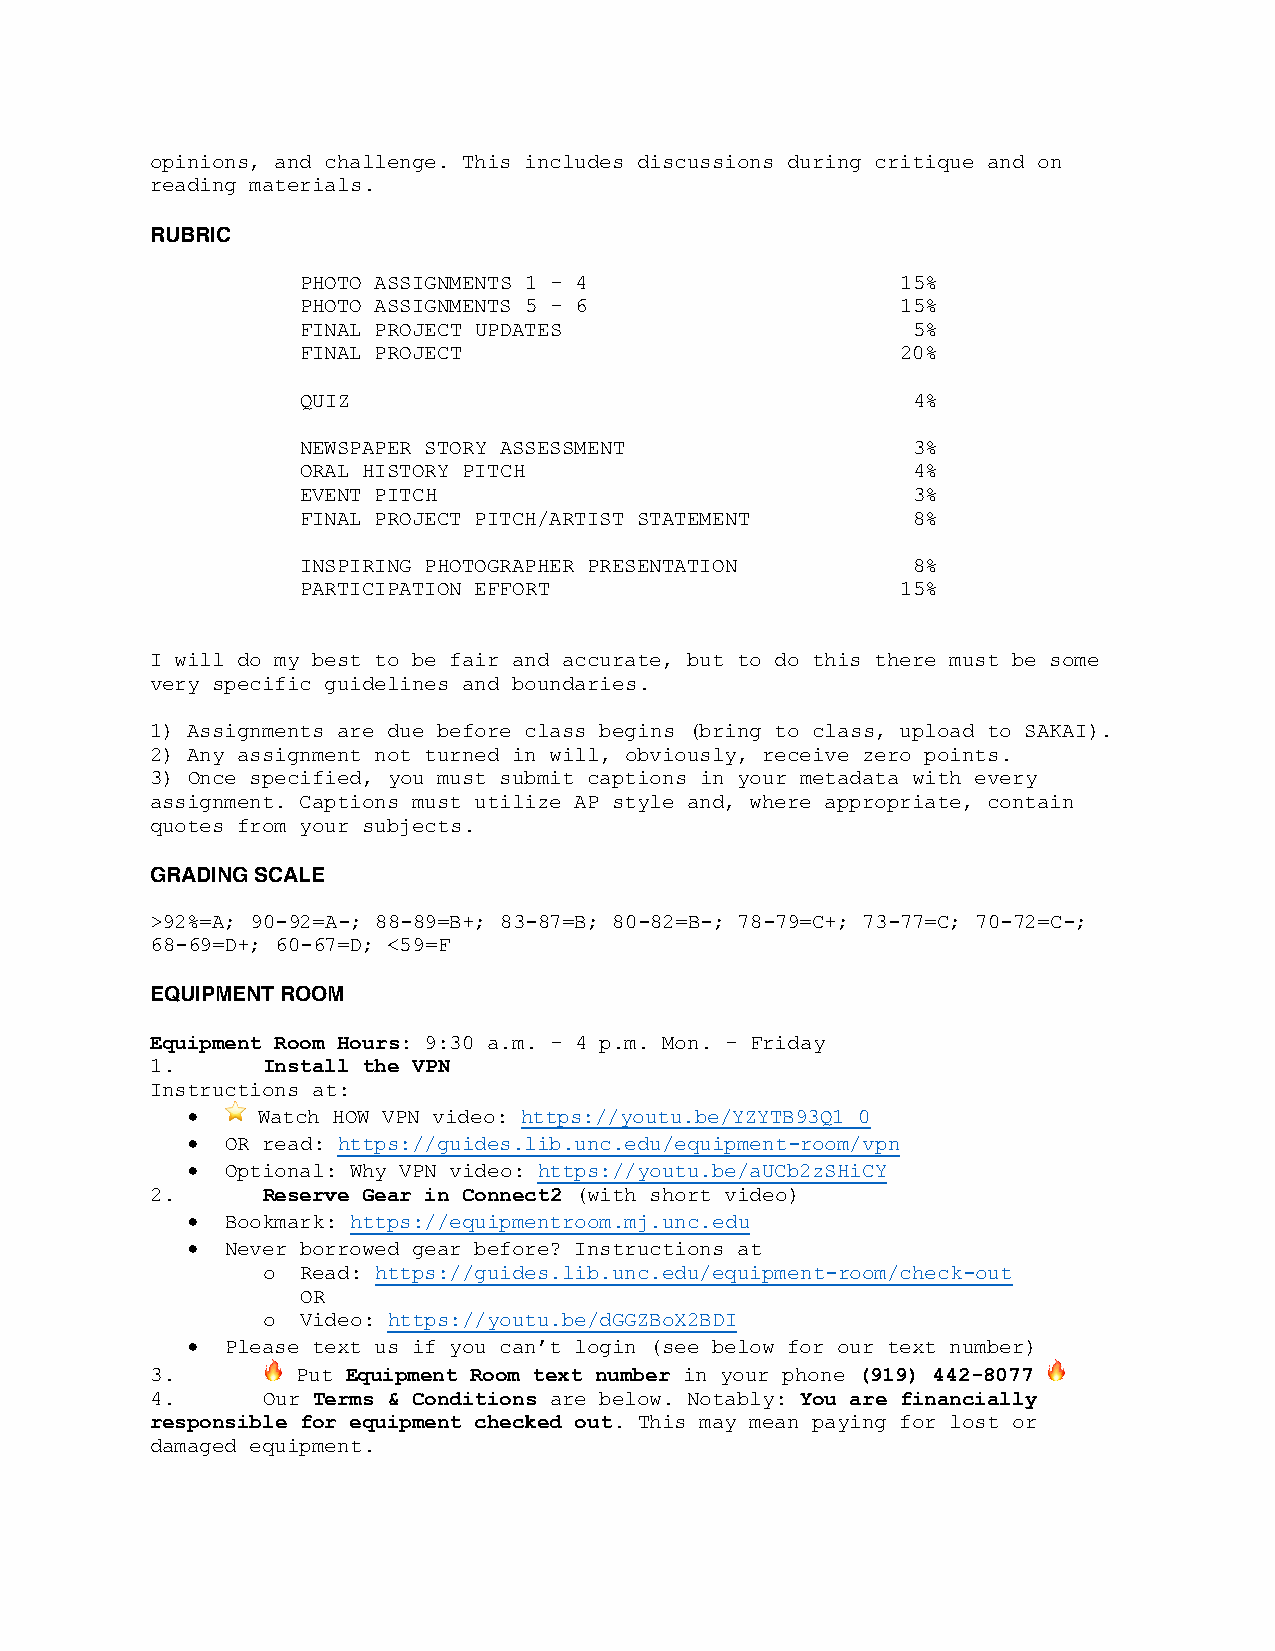
opinions, and challenge. This includes discussions during critique and on
 reading materials.
 RUBRIC
 PHOTO ASSIGNMENTS 1 – 4                 15%
 PHOTO ASSIGNMENTS 5 – 6                 15%
 FINAL PROJECT UPDATES                   5%
 FINAL PROJECT                           20%
 QUIZ                                    4%
 NEWSPAPER STORY ASSESSMENT              3%
 ORAL HISTORY PITCH                      4%
 EVENT PITCH                             3%
 FINAL PROJECT PITCH/ARTIST STATEMENT    8%
 INSPIRING PHOTOGRAPHER PRESENTATION     8%
 PARTICIPATION EFFORT                    15%
 I will do my best to be fair and accurate, but to do this there must be some
 very specific guidelines and boundaries.
 1) Assignments are due before class begins (bring to class, upload to SAKAI).
 2) Any assignment not turned in will, obviously, receive zero points.
 3) Once specified, you must submit captions in your metadata with every
 assignment. Captions must utilize AP style and, where appropriate, contain
 quotes from your subjects.
 GRADING SCALE
 >92%=A; 90-92=A-; 88-89=B+; 83-87=B; 80-82=B-; 78-79=C+; 73-77=C; 70-72=C-;
 68-69=D+; 60-67=D; <59=F
 EQUIPMENT ROOM
 Equipment Room Hours: 9:30 a.m. – 4 p.m. Mon. – Friday
 1.     Install the VPN
 Instructions at:
 •  ⭐ Watch HOW VPN video: https://youtu.be/YZYTB93Q1_0
 •  OR read: https://guides.lib.unc.edu/equipment-room/vpn
 •  Optional: Why VPN video: https://youtu.be/aUCb2zSHiCY
 2.     Reserve Gear in Connect2 (with short video)
 •  Bookmark: https://equipmentroom.mj.unc.edu
 •  Never borrowed gear before? Instructions at
 o  Read: https://guides.lib.unc.edu/equipment-room/check-out
 OR
 o  Video: https://youtu.be/dGGZBoX2BDI
 •  Please text us if you can’t login (see below for our text number)
 3.     🔥  Put Equipment Room text number in your phone (919) 442-8077 🔥
 4.     Our Terms & Conditions are below. Notably: You are financially
 responsible for equipment checked out. This may mean paying for lost or
 damaged equipment.